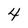
Character: 4